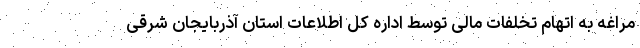
مراغه به اتهام تخلفات مالی توسط اداره کل اطلاعات استان آذربایجان شرقی